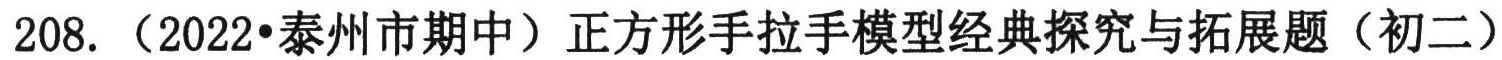
208.（2022·泰州市期中）正方形手拉手模型经典探究与拓展题（初二）